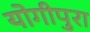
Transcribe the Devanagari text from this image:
योगीपुरा